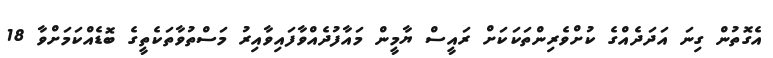
އެގޮތުން ގިނަ އަދަދެއްގެ ކުށްވެރިންތަކަކަށް ރައީސް ޔާމީން މައާފުދެއްވާފައިވާއިރު މަސްތުވާތަކެތީގެ ބޮޑެއްކަމަށްވާ 18